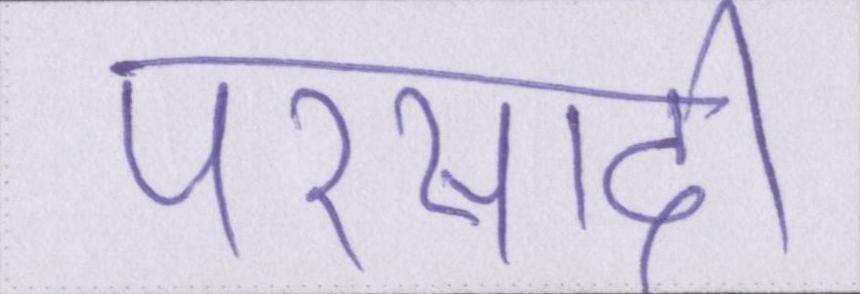
परसादी